Annual report on the health of the army in India
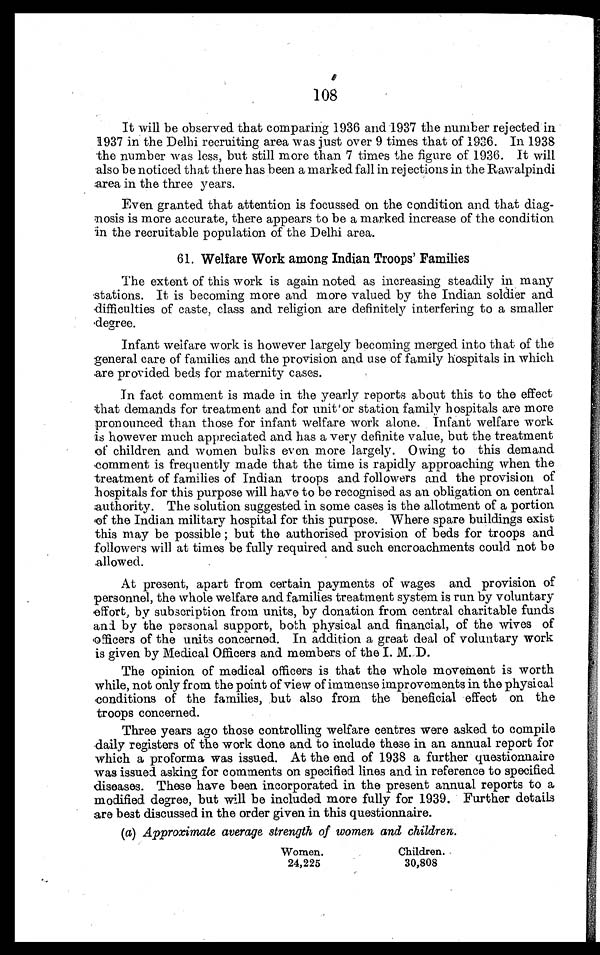
108
It will be observed that comparing 1936 and 1937 the number rejected in
1937 in the Delhi recruiting area was just over 9 times that of 1936. In 1938
the number was less, but still more than 7 times the figure of 1936. It will
also be noticed that there has been a marked fall in rejections in the Rawalpindi
area in the three years.
Even granted that attention is focussed on the condition and that diag-
nosis is more accurate, there appears to be a marked increase of the condition
in the recruitable population of the Delhi area.
61. Welfare Work among Indian Troops' Families
The extent of this work is again noted as increasing steadily in many
stations. It is becoming more and more valued by the Indian soldier and
difficulties of caste, class and religion are definitely interfering to a smaller
degree.
Infant welfare work is however largely becoming merged into that of the
general care of families and the provision and use of family hospitals in which
are provided beds for maternity cases.
In fact comment is made in the yearly reports about this to the effect
that demands for treatment and for unit or station family hospitals are more
pronounced than those for infant welfare work alone. Infant welfare work
is however much appreciated and has a very definite value, but the treatment
of children and women bulks even more largely. Owing to this demand
comment is frequently made that the time is rapidly approaching when the
treatment of families of Indian troops and followers and the provision of
hospitals for this purpose will have to be recognised as an obligation on central
authority. The solution suggested in some cases is the allotment of a portion
of the Indian military hospital for this purpose. Where spare buildings exist
this may be possible ; but the authorised provision of beds for troops and
followers will at times be fully required and such encroachments could not be
allowed.
At present, apart from certain payments of wages and provision of
personnel, the whole welfare and families treatment system is run by voluntary
effort, by subscription from units, by donation from central charitable funds
and by the personal support, both physical and financial, of the wives of
officers of the units concerned. In addition a great deal of voluntary work
is given by Medical Officers and members of the I. M. D.
The opinion of medical officers is that the whole movement is worth
while, not only from the point of view of immense improvements in the physical
conditions of the families, but also from the beneficial effect on the
troops concerned.
Three years ago those controlling welfare centres were asked to compile
daily registers of the work done and to include these in an annual report for
which a proforma was issued. At the end of 1938 a further questionnaire
was issued. asking for comments on specified lines and in reference to specified
diseases. These have been incorporated in the present annual reports to a
modified degree, but will be included more fully for 1939. Further details
are best discussed in the order given in this questionnaire.
(a) Approximate average strength, of women and children.
Women.
Children.
24,225
30,808